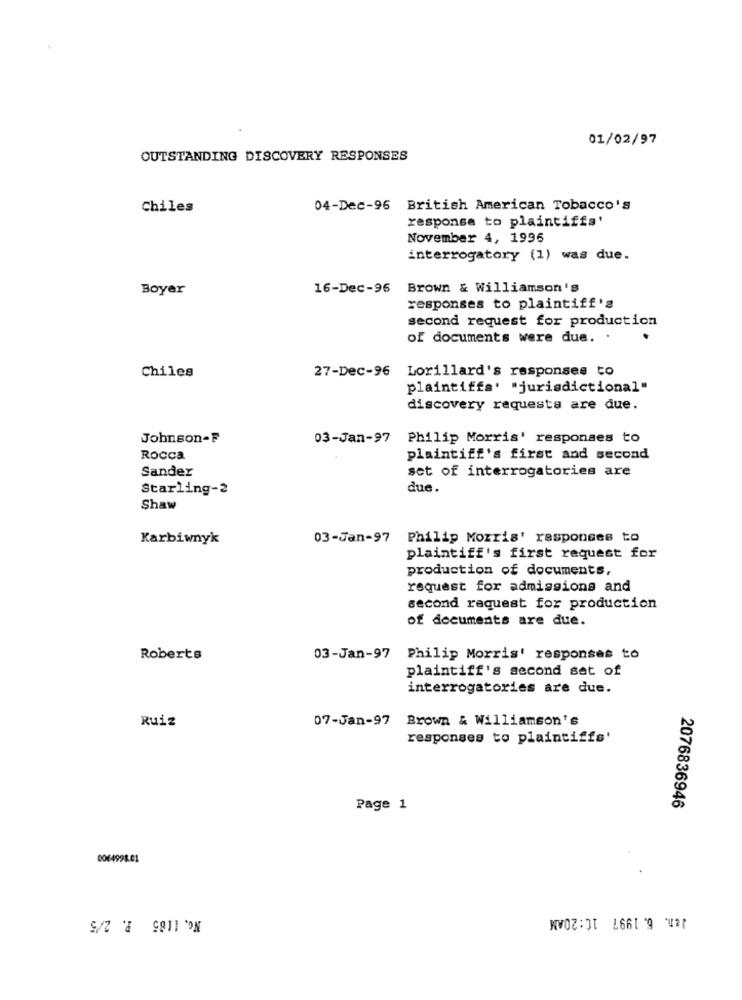
01/02/97
OUTSTANDING DISCOVERY RESPONSES
Chiles
04-Dec-96 British American Tobacco's
response to plaintiffs'
November 4, 1996
interrogatory (1) was due.
Boyer
16-Dec-96
Brown & Williamson's
responses to plaintiff's
second request for production
of documents were due.
.
27-Dec-96 Lorillard's responses to
Chiles
plaintiffs' "jurisdictional"
discovery requests are due.
Johnson-F
03-Jan-97
Philip Morris' responses to
Rocca
plaintiff's first and second
Sander
set of interrogatories are
Starling-2
due.
Shaw
Karbiwnyk
03-Jan-97 Philip Morris' responses to
plaintiff's first request for
production of documents,
request for admissions and
second request for production
of documents are due.
Roberts
03-Jan-97 Philip Morris' responses to
plaintiff's second set of
interrogatories are due.
Ruiz
07-Jan-97 Brown & Williamson's
responses to plaintiffs'
2076836946
Page 1
0064998.01
No. 1185 P. 2/5
Jan. 6.1997 10:20AM